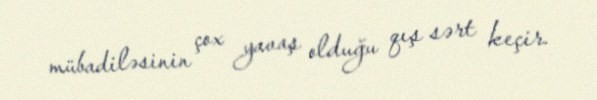
mübadiləsinin çox yavaş olduğu qış sərt keçir.